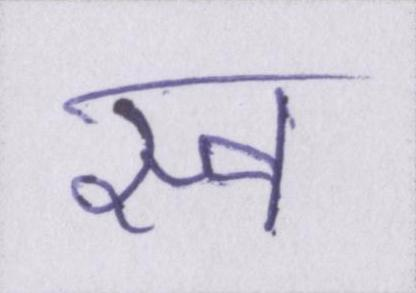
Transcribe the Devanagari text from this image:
स्व